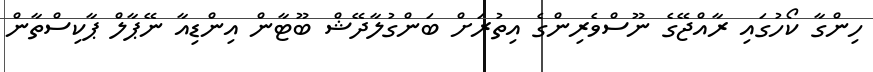
ހިންގާ ކޯހުގައި ރާއްޖޭގެ ނޫސްވެރިންގެ އިތުރަށް ބަންގުލާދޭޝް ބޫޓާން އިންޑިއާ ނޭޕާލް ޕާކިސްތާން